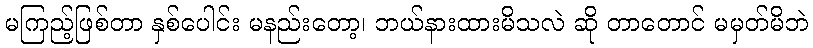
မကြည့်ဖြစ်တာ နှစ်ပေါင်း မနည်းတော့၊ ဘယ်နားထားမိသလဲ ဆို တာတောင် မမှတ်မိဘဲ